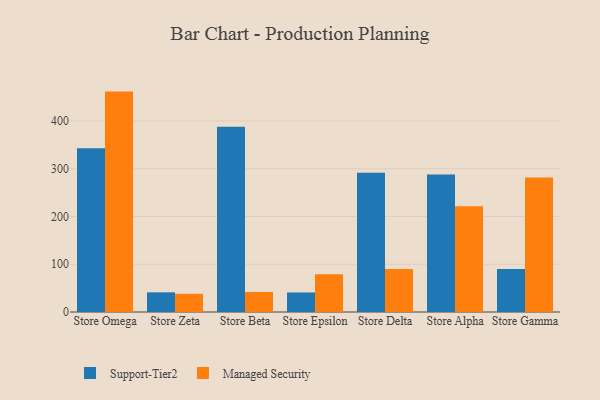
{"axis": {"x": "Store", "y": "Humidity (%)"}, "legend": ["Managed Security", "Support-Tier2"], "data": [{"x": "Store Omega", "y": 342.9, "type": "Support-Tier2"}, {"x": "Store Omega", "y": 461.5, "type": "Managed Security"}, {"x": "Store Zeta", "y": 41.2, "type": "Support-Tier2"}, {"x": "Store Zeta", "y": 38.1, "type": "Managed Security"}, {"x": "Store Beta", "y": 387.7, "type": "Support-Tier2"}, {"x": "Store Beta", "y": 41.9, "type": "Managed Security"}, {"x": "Store Epsilon", "y": 40.9, "type": "Support-Tier2"}, {"x": "Store Epsilon", "y": 78.9, "type": "Managed Security"}, {"x": "Store Delta", "y": 291.8, "type": "Support-Tier2"}, {"x": "Store Delta", "y": 90.1, "type": "Managed Security"}, {"x": "Store Alpha", "y": 287.9, "type": "Support-Tier2"}, {"x": "Store Alpha", "y": 221.2, "type": "Managed Security"}, {"x": "Store Gamma", "y": 89.8, "type": "Support-Tier2"}, {"x": "Store Gamma", "y": 281.4, "type": "Managed Security"}]}